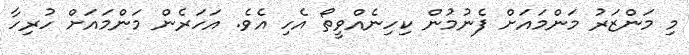
މި މަންޒަރު މަންމައަށް ފެނުމުން ކިހިނެއްވީތޯ އެހި އެވެ. އަހަރެން މަންމައަށް ހުރިހާ